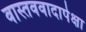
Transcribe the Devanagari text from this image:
वास्तववादापेक्षा